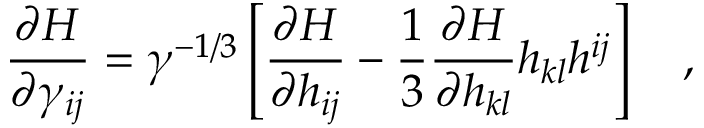
\frac { \partial H } { \partial \gamma _ { i j } } = \gamma ^ { - 1 / 3 } \left[ \frac { \partial H } { \partial h _ { i j } } - \frac { 1 } { 3 } \frac { \partial H } { \partial h _ { k l } } h _ { k l } h ^ { i j } \right] ~ ~ ~ ,